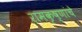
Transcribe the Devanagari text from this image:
रामकृष्णांचे